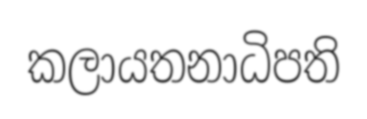
කලායතනාධිපති